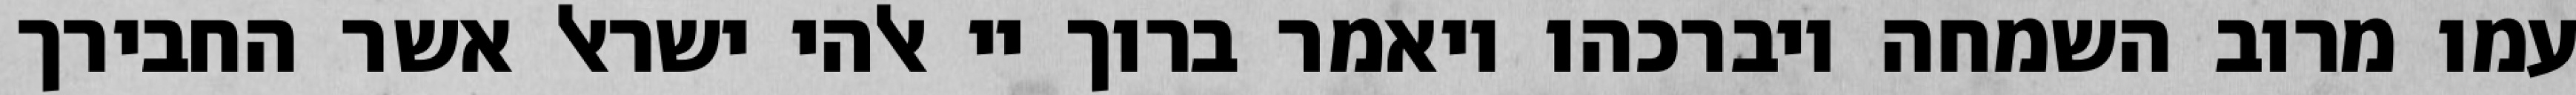
עמו מרוב השמחה ויברכהו ויאמר ברוך יי אלהי ישראל אשר החבירך